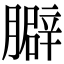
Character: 䑀